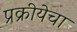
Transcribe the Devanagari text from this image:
प्रक्रीयेचा